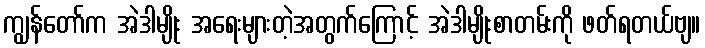
ကျွန်တော်က အဲဒါမျိုး အရေးများတဲ့အတွက်ကြောင့် အဲဒါမျိုးစာတမ်းကို ဖတ်ရတယ်ဗျ။